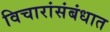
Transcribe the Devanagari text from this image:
विचारांसंबंधात